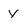
Character: y